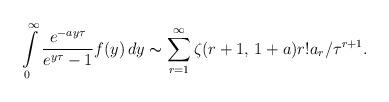
LaTeX: \begin{align*}\int\limits_0^\infty \frac{e^{-ay\tau}}{e^{y\tau}-1} f(y) \,dy\thicksim \sum\limits_{r=1}^\infty \zeta(r+1, \,1+a)r!a_r/\tau^{r+1}.\end{align*}